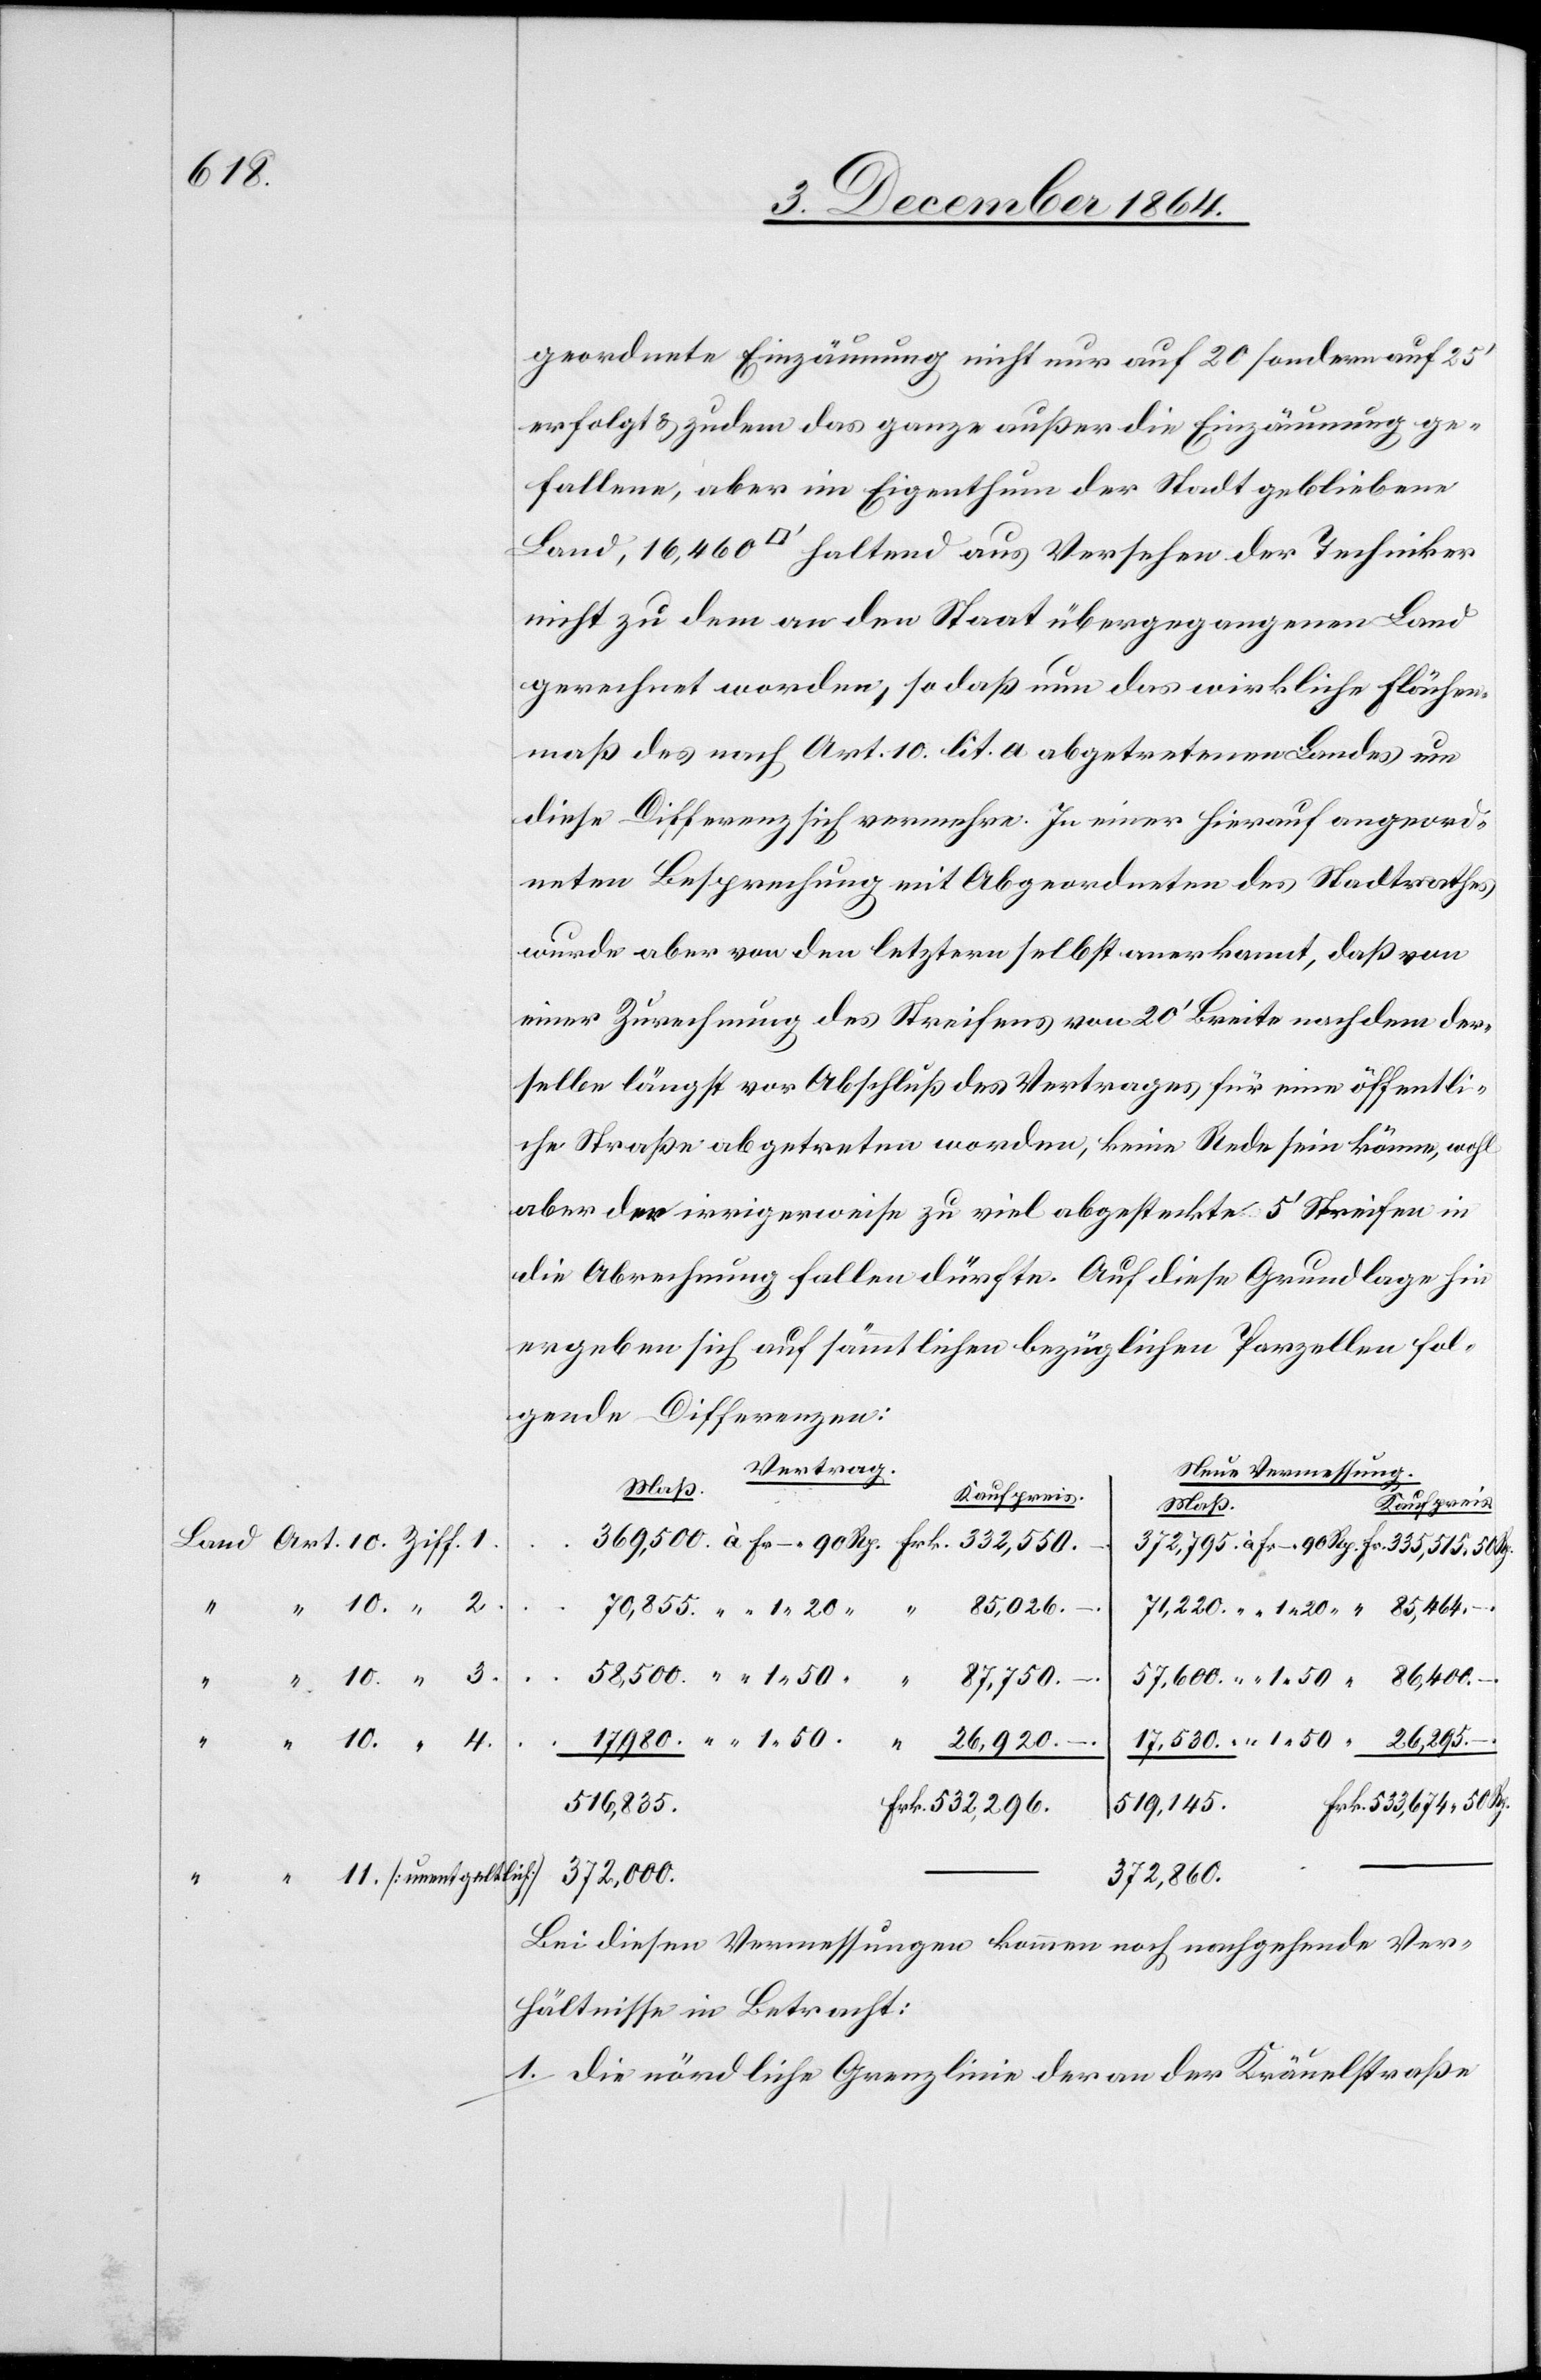
11.

geordnete Einzäunung nicht nur auf 20 sondern auf 25’
erfolgt & zudem das ganze außer die Einzäunung ge¬
fallene, aber im Eigenthum der Stadt gebliebene
nicht zu dem an den Staat übergegangenen Land
gerechnet worden, so daß nun das wirkliche Flächen¬
maß des nach Art. 10 lit. a abgetretenen Landes um
diese Differenz sich vermehre. In einer hierauf angeord¬
neten Besprechung mit Abgeordneten des Stadtrathes
wurde aber von den letztern selbst anerkannt, daß von
einer Zurechnung des Streifens von 20’ Breite nachdem der¬
selbe längst vor Abschluß des Vertrages für eine öffentli¬
che Straße abgetreten worden, keine Rede sein könne, wohl
aber der irrigerweise zu viel abgesteckte 5’ Streifen in
die Abrechnung fallen dürfte. Auf diese Grundlage hin
ergeben sich auf sämmtlichen bezüglichen Parzellen fol¬
gende Differenzen:
Vertrag.
Neue Vermessung.
Maß.
Kaufpreis.
Frk.
85,026.
Art.
17,530.
26,920.
Rp.
516,835.
519,145.
372,000.
372,860.
Bei diesen Vermessungen kommen noch nachgehende Ver¬
hältnisse in Betracht:
1. Die nördliche Grenzlinie der an der Kräuelstraße